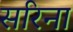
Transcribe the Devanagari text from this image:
सरिना